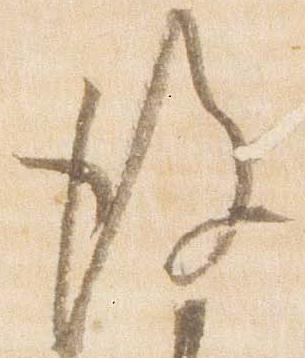
後